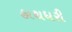
હાથધરી